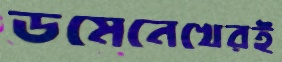
ডমেনেখেরই